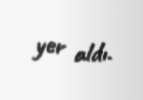
yer aldı.